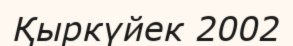
Қыркүйек 2002